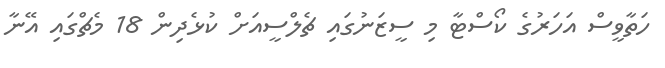
ހަތާވީސް އަހަރުގެ ކޯސްޓާ މި ސީޒަނުގައި ޗެލްސީއަށް ކުޅެދިން 18 މެޗްގައި އޭނާ